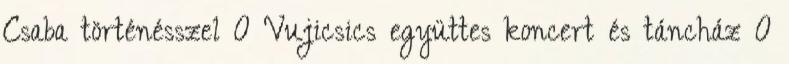
Csaba történésszel 0 Vujicsics együttes koncert és táncház 0